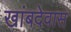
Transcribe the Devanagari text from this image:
खांबदेवास